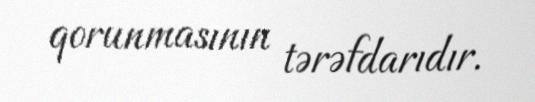
qorunmasının tərəfdarıdır.